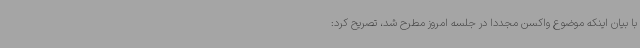
با بیان اینکه موضوع واکسن مجددا در جلسه امروز مطرح شد، تصریح کرد: